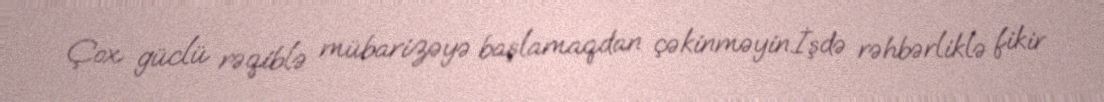
Çox güclü rəqiblə mübarizəyə başlamaqdan çəkinməyin.İşdə rəhbərliklə fikir